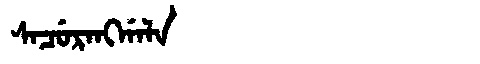
Manchu: ᠰᠠᠴᡠᡵᠠᠩᡤᠠᠯᠠ
Romanization: SACURANGGALA